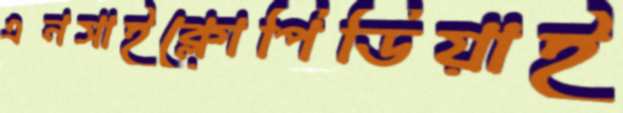
এনসাইক্লোপিডিয়াই